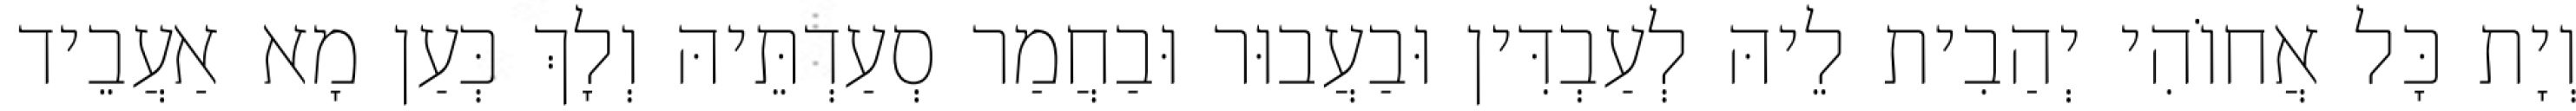
וְיָת כָּל אֲחוֹהִי יְהַבִית לֵיהּ לְעַבְדִּין וּבַעֲבוּר וּבַחֲמַר סְעַדְתֵּיהּ וְלָךְ כְּעַן מָא אַעֲבֵיד